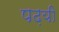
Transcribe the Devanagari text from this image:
पढ़यी